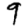
Digit: 9